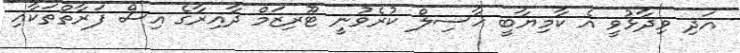
އަދި ވިދާޅުވީ އެ ކާމިޔާބީ ހާސިލް ކުރެވުނީ ޓޫރިޒަމް ދާއިރާގެ އިސް ފަރާތްތަކާއި